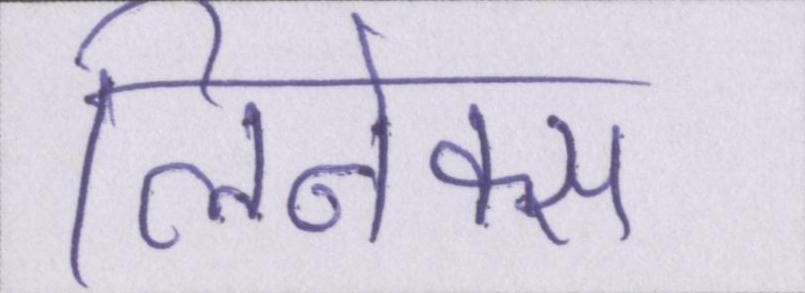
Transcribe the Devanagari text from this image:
लिनेक्स